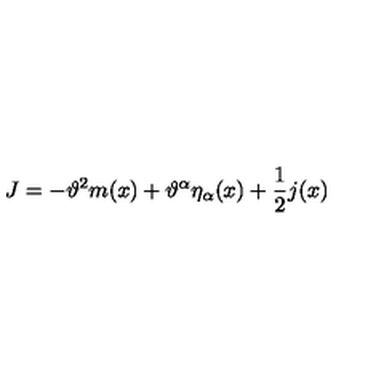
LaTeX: J = - \vartheta ^ { 2 } m ( x ) + \vartheta ^ { \alpha } \eta _ { \alpha } ( x ) + \frac { 1 } { 2 } j ( x )